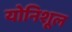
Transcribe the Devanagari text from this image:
योनिशूल